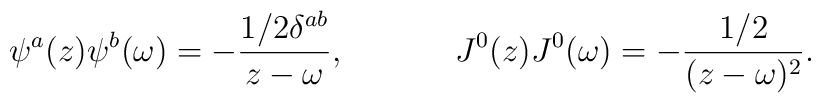
\psi^a(z)\psi^b(\omega)=-\frac{1/2\delta^{ab}}{z-\omega},~~~~~~~~~~J^0(z)J^0(\omega)=-\frac{1/2}{(z-\omega)^2}.